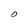
Character: O